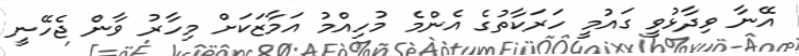
އޭނާ ވިދާޅުވީ ގައުމީ ހަރަކާތުގެ އެންމެ މުހިއްމު އަމާޒަކަށް މިހާރު ވާން ޖެހޭނީ